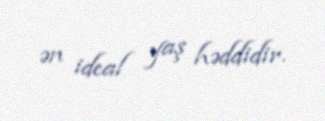
ən ideal yaş həddidir.